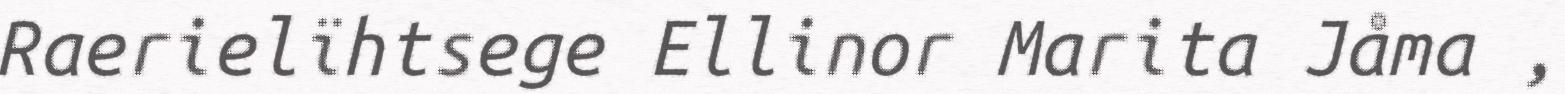
Raerielïhtsege Ellinor Marita Jåma ,